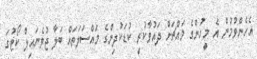
އެހެންވުމުން އެ މީހުންގެ މައްޗަށް ދައުވާކުރީ ކުޑަކުދިންގެ މައްސަލަތައް ބަލާ ޖުވެނައިލް ކޯޓުގަ